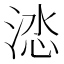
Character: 𭰽